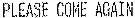
PLEASE COME AGAIN